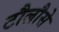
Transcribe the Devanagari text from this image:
टौलौसे